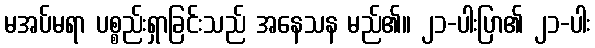
မအပ်မရာ ပစ္စည်းရှာခြင်းသည် အနေသန မည်၏။ ၂၁-ပါးပြာ၏ ၂၁-ပါး